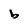
Character: b